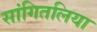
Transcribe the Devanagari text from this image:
सांगितलिया